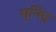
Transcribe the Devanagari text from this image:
मुनिंद्र